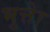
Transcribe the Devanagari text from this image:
भुत्तेा